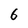
Character: 6